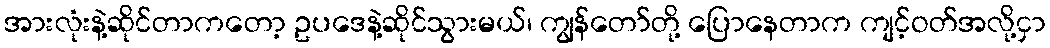
အားလုံးနဲ့ဆိုင်တာကတော့ ဥပဒေနဲ့ဆိုင်သွားမယ်၊ ကျွန်တော်တို့ ပြောနေတာက ကျင့်ဝတ်အလို့ငှာ